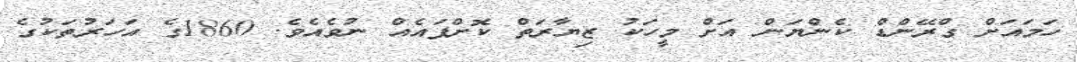
ހަމައަށް ގްރޭންޑް ކެންޔަން އަށް މީހަކު ޒިޔާރަތް ކޮށްފައެއް ނުވެއެވެ. 1860ގެ އަހަރުތަކުގެ